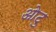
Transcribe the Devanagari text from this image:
ओटु